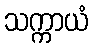
သက္ကာယံ